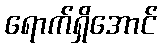
ရောက်ရှိအောင်